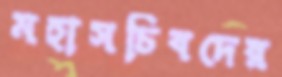
মহাসচিবদের